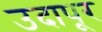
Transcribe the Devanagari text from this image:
उदापूर